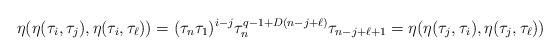
LaTeX: \begin{align*}\eta(\eta(\tau_i, \tau_j),\eta(\tau_i,\tau_\ell))=(\tau_n \tau_1)^{i-j} \tau_n^{q-1+D(n-j+\ell)}\tau_{n-j+\ell+1}=\eta(\eta(\tau_j, \tau_i),\eta(\tau_j,\tau_\ell))\end{align*}